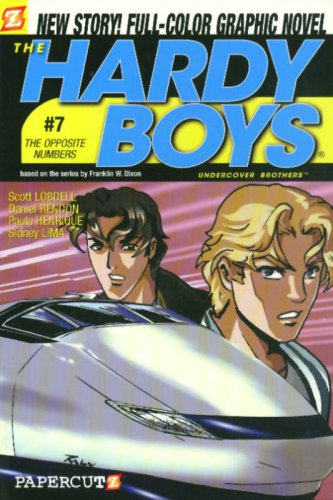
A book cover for The Opposite Numbers (Hardy Boys Graphic Novels: Undercover Brothers, No. 7); Scott Lobdell; Children's Books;